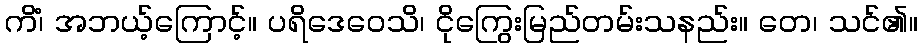
ကိံ၊ အဘယ့်ကြောင့်။ ပရိဒေဝေသိ၊ ငိုကြွေးမြည်တမ်းသနည်း။ တေ၊ သင်၏။